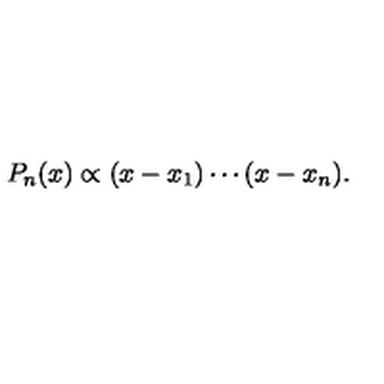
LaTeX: P _ { n } ( x ) \propto ( x - x _ { 1 } ) \cdots ( x - x _ { n } ) .